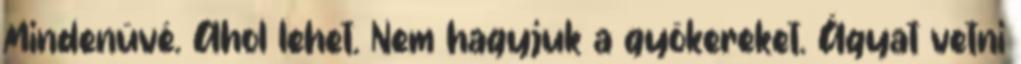
Mindenüvé. Ahol lehet. Nem hagyjuk a gyökereket. Ágyat vetni